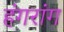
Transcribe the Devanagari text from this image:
हंगरांग